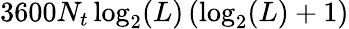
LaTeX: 3600N_{t}\log_{2}(L)\left(\log_{2}(L)+1\right)